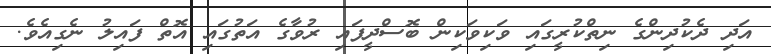
އަދި ދެކުދިންގެ ނިތްކުރީގައި ވަކިވަކިން ބޮސްދީފައި ރުވާގެ އަތުގައި އޮތް ފައިލު ނެގިއެވެ.